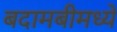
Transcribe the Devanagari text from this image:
बदामबीमध्ये